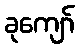
ခုကျော်